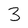
Character: 3